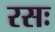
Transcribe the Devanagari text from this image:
रसः